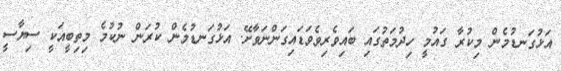
އަޅުގަނޑުމެން މިކުރާ ގައުމީ ހިދުމަތުގައި ބައިވެރިވެވަޑައިގަންނަވާށޭ. އަޅުގަނޑުމެން ކުރަން ނުކުމެ މިތިބީއަކީ ސިޔާސީ